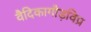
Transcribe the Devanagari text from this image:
वैदिकागौड़विप्र